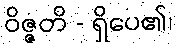
ဝိဇ္ဇတိ - ရှိပေ၏၊